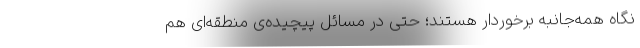
نگاه همه‌جانبه برخوردار هستند؛ حتی در مسائل پیچیده‌ی منطقه‌ای هم